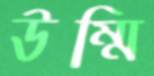
উম্মি